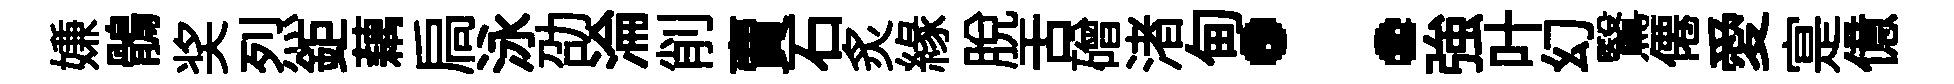
嫌鶻奖烈鉅藕扃泳劭淪削賣石炙緣脫舌磳渚甸：強叶幻鷖僊愛寔億